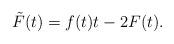
LaTeX: \begin{gather*} \tilde{F}(t)=f(t)t-2F(t).\end{gather*}